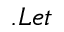
. L e t